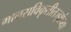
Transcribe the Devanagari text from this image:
मानसविकृतीतज्ज्ञांच्या